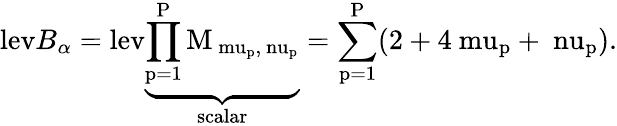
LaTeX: \displaystyle\mathrm{lev}B_{\alpha}=\mathrm{{lev}\underbrace{\prod_{p=1}^{P}M_{\ mu_{p},\ nu_{p}}}_{scalar}=\sum_{p=1}^{P}(2+4\ mu_{p}+\ nu_{p}).}